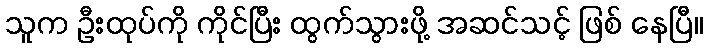
သူက ဦးထုပ်ကို ကိုင်ပြီး ထွက်သွားဖို့ အဆင်သင့် ဖြစ် နေပြီ။